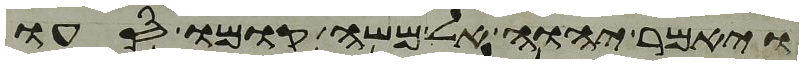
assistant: ויאמר יהוה אל משה קומו סעו